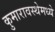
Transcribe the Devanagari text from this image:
कुमारावस्थेमध्ये